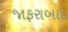
જાફરાબાદ